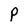
Character: P